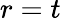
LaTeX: r=t